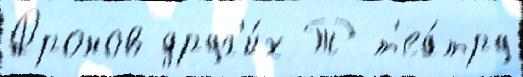
Дронов друг'и́х Т т'еа́тру